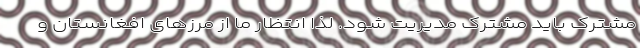
مشترک باید مشترک مدیریت شود. لذا انتظار ما از مرزهای افغانستان و